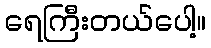
ရေကြီးတယ်ပေါ့။